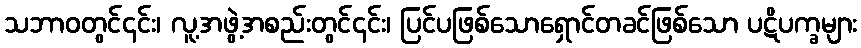
သဘာဝတွင်၎င်း၊ လူ့အဖွဲ့အစည်းတွင်၎င်း၊ ပြင်ပဖြစ်သောရှောင်တခင်ဖြစ်သော ပဋိပက္ခများ